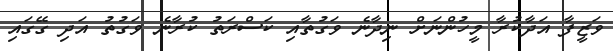
ވަޒީފާ އަދާކުރާ މީހުންނަށް ނިދާނެ ވަގުތާއި ކަސްރަތު ކުރާނެ ވަގުތު އަދި ގޭގައި